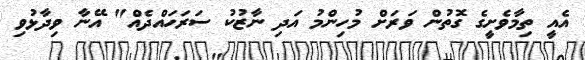
އެއީ ތިމާވެށީގެ ގޮތުން ވަރަށް މުހިންމު އަދި ނާޒުކު ސަރަހައްދެއް" އޭނާ ވިދާޅުވި